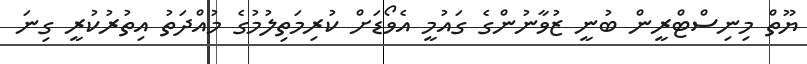
ޔޫތް މިނިސްޓްރީން ބުނީ ޒުވާނުންގެ ގައުމީ އެވޯޑަަށް ކުރިމަތިލުމުގެ މުއްދަތު އިތުރުކުރީ ގިނަ